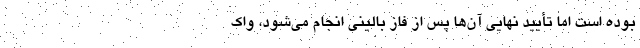
بوده است اما تأیید نهایی آن‌ها پس از فاز بالینی انجام می‌شود، واک